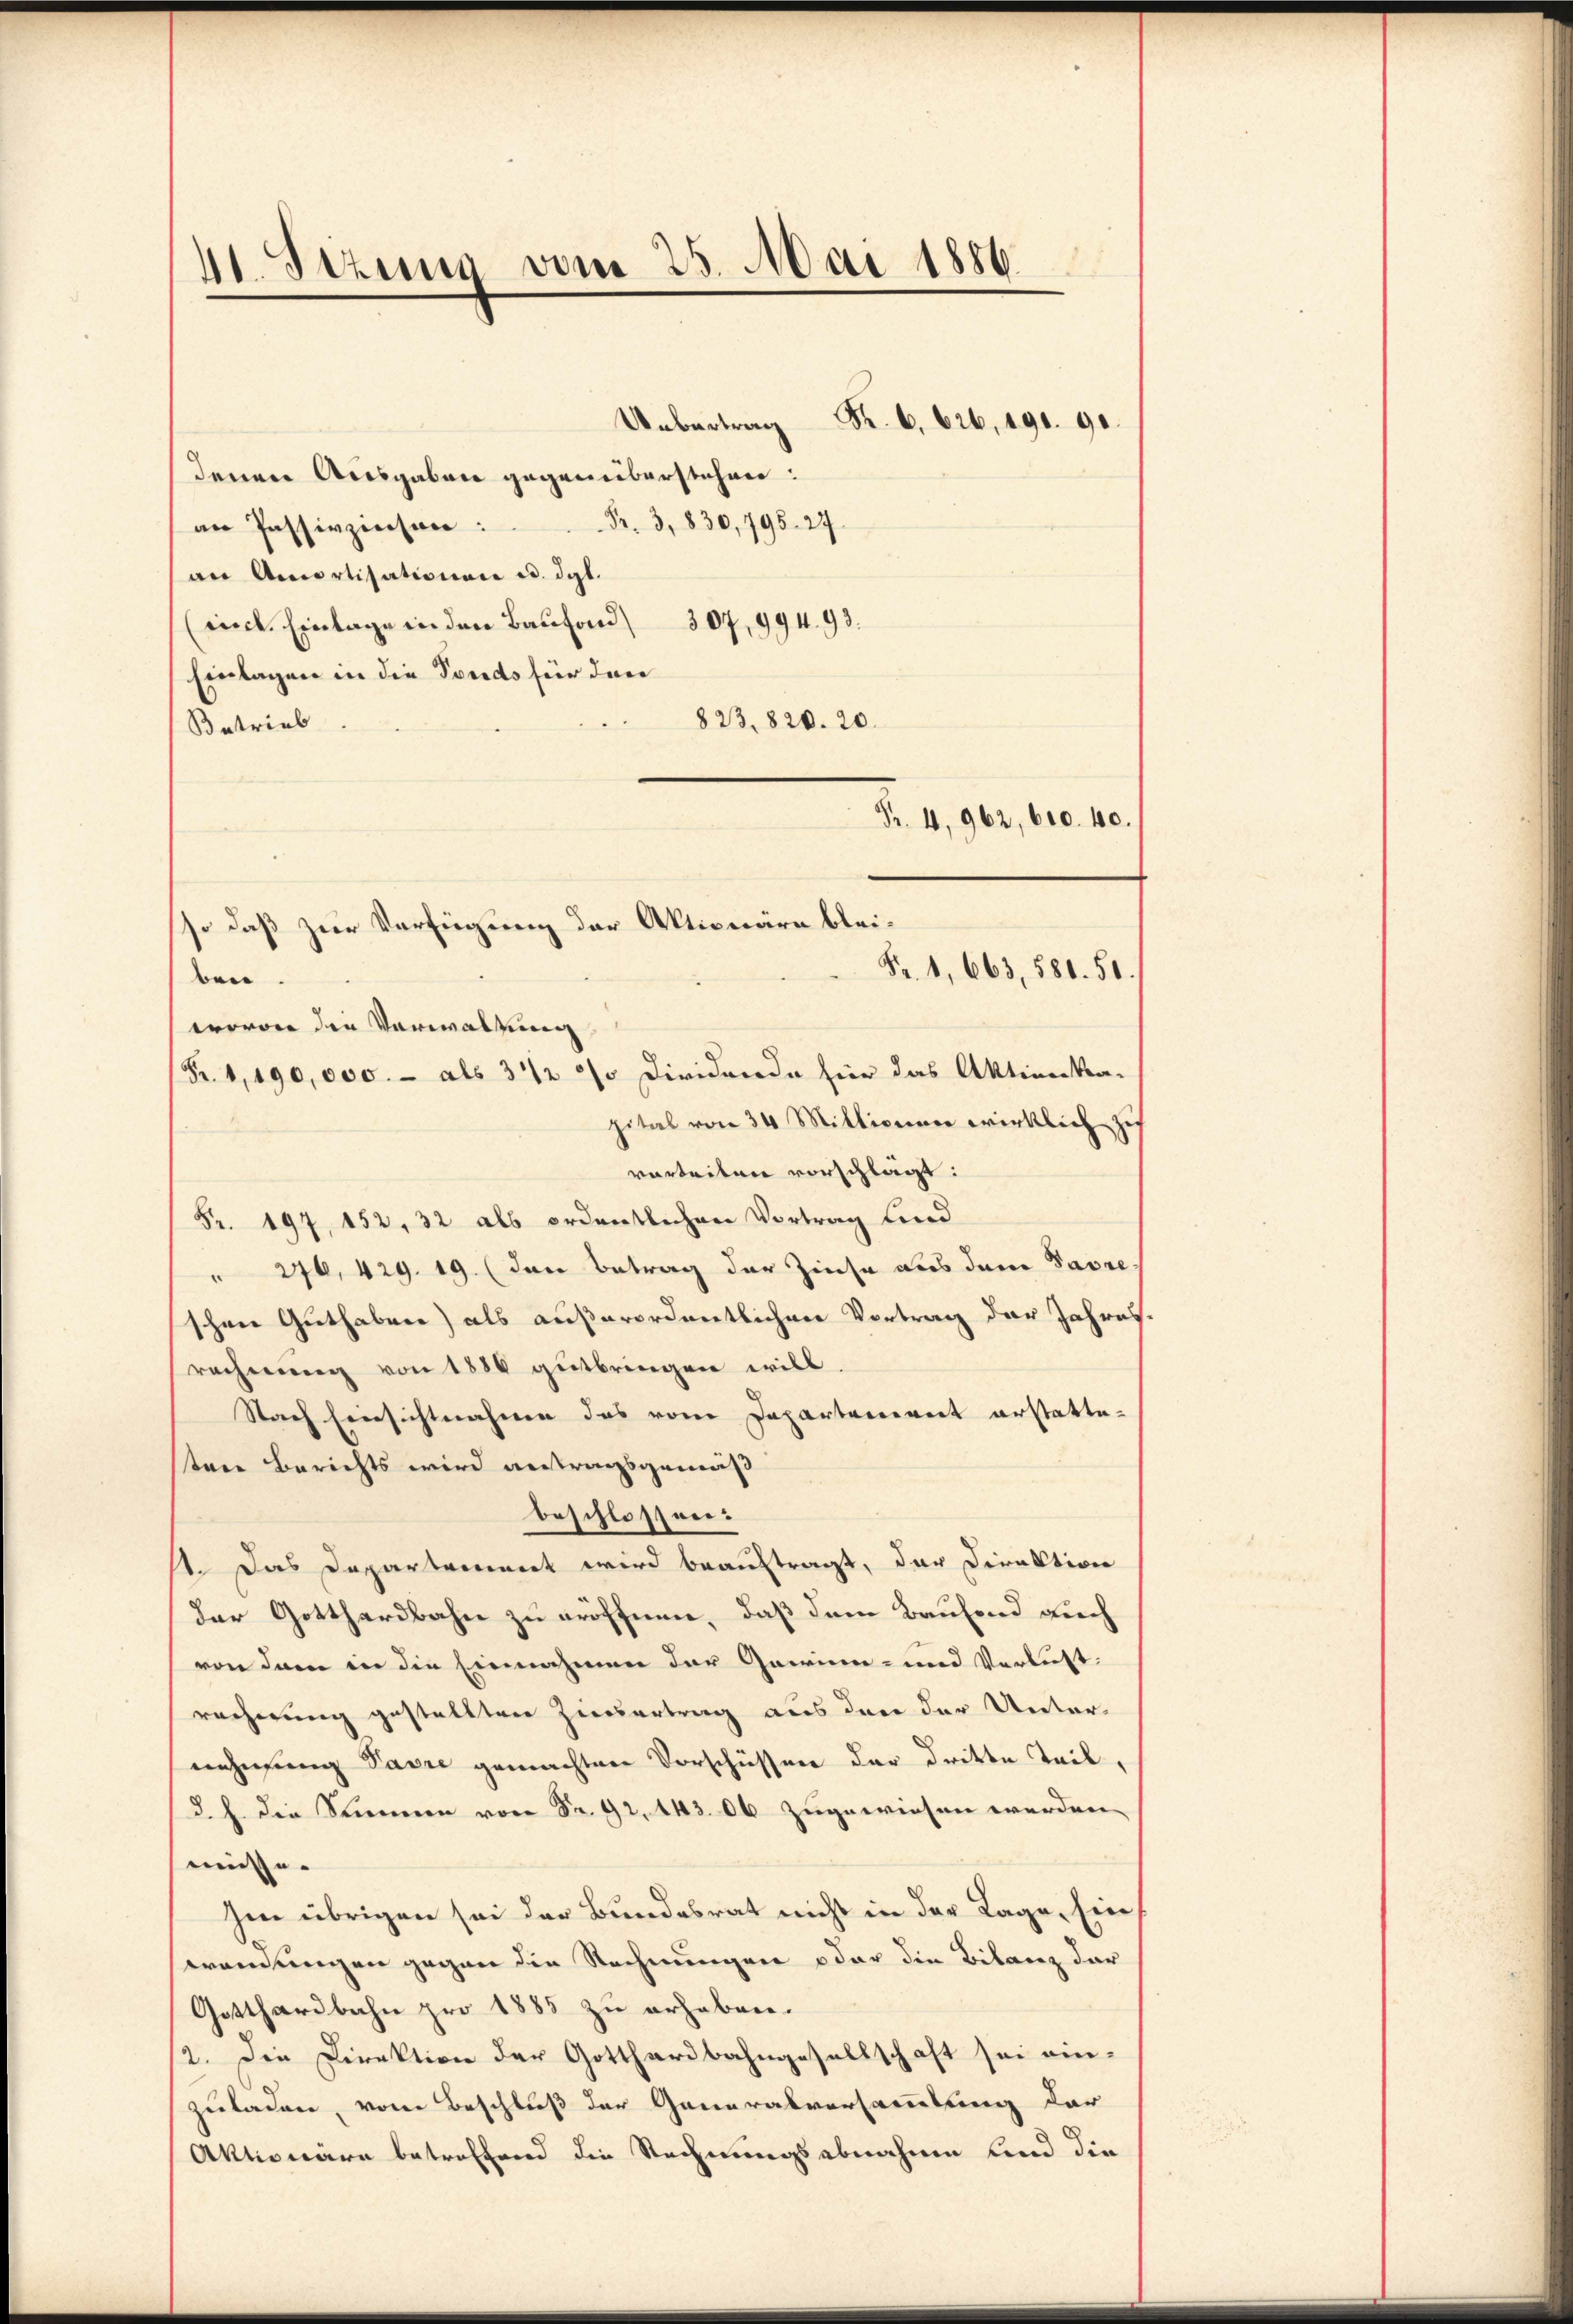
41. Sekung vom 25. Mai 1886.
Uebertrag Fr. 6. 626, 190. 90.
denen Ausgaben gegenüberstehen:

Fr. 3, 830, 795. 27.
an Passivzinsen:
au Amortisationen u. dgl.
(iick. Einlage in den Baufond 307, 994. 93.
Einlagen in die Fonds für den
823. 820. 20.
Betrieb
ben.
pital von 34 Millionen wirklich zu
varteiten vorschlägt:
Fr. 197, 152, 32 als ordentlichen Vortrag find
" 276, 429. 19. (den Betrag der Zinse aus dem Savreshrne Guthaben) als außerordentlichen Vortrag der Jahresrechnung von 1886 gŭtbringen will.
Nach Einsichtnahme das vom Departeniret erstattetene Berichts wird antragsgemäß
beschlossen:
st. Das Departement wird beauftragt, der Direktion
der Gotthardbahn zu eröffnen, daß dem Baufend auch
von dann in die Einnahmen der Garrien- und Verlustrecherung gestellten Zinsertrag aus den der Unternehmung Pasie gemachten Vorschüssen der dritte Teil,
d. h. die Stimmen von Fr. 92. 443. Ob zugewiesen werden.
müsse.
Im übrigen sei der Bundesrat nicht in der Lage, Ein
wendungen gegen die Rechnungen oder die Bilanz dar
Gotthardbahn pro 1885 zu erhaben.
12. Die Direktion der Gotthardbahngesellschaft sei einzuladen, von Beschluß der Generalversammlung dar
Aktionäre betreffend die Rechnungsabnahme und die

so daß zur Verfügung der Aktionäre blei¬
Fr. 1, 663, 581. 51.
wovon die Verwaltung
Fr. 4, 190,000.- als 3 1/2 % Dividende für das Aktienkra-

Fr. 4, 962, 610. 40.